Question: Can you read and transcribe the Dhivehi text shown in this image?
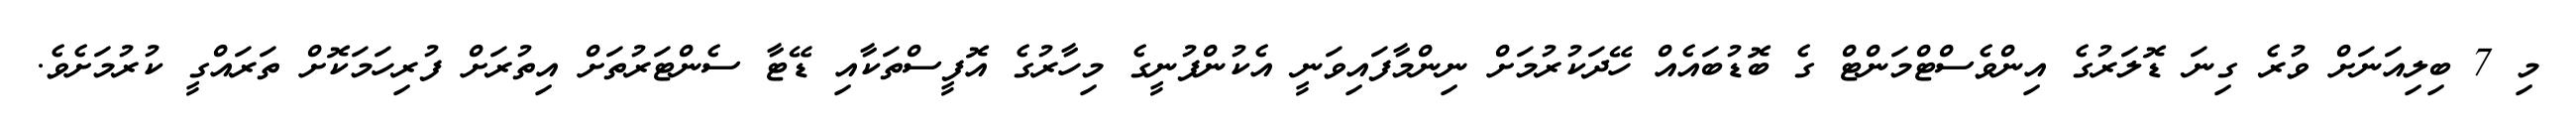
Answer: މި 7 ބިލިއަނަށް ވުރެ ގިނަ ޑޮލަރުގެ އިންވެސްޓްމަންޓް ގެ ބޮޑުބައެއް ހޭދަކުރުމަށް ނިންމާފައިވަނީ އެކުންފުނީގެ މިހާރުގެ އޮފީސްތަކާއި ޑޭޓާ ސެންޓަރުތަށް އިތުރަށް ފުރިހަމަކޮށް ތަރައްގީ ކުރުމަށެވެ.